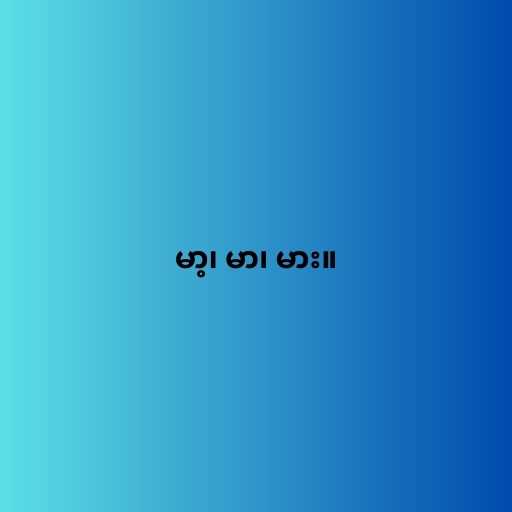
မာ့၊ မာ၊ မား။